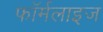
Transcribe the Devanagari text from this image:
फॉर्मलाइज